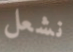
نشعل